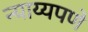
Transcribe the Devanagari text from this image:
न्याय्यपणे